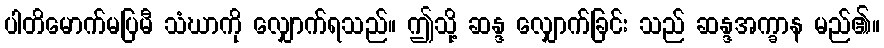
ပါတိမောက်မပြမီ သံဃာကို လျှောက်ရသည်။ ဤသို့ ဆန္ဒ လျှောက်ခြင်း သည် ဆန္ဒအက္ခာန မည်၏။